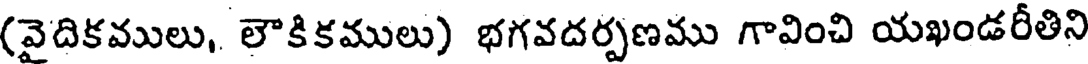
(వైదికములు, లౌకికములు) భగవదర్పణము గావించి యఖండరీతిని